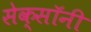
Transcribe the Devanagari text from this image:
सेक्सॉनी